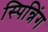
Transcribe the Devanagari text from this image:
स्पिन्निंग